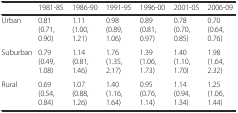
|  | 1981-85 | 1986-90 | 1991-95 | 1996-00 | 2001-05 | 2006-09 |
 | --- | --- | --- | --- | --- | --- | --- |
 | Urban | 0.81 (0.71, 0.90) | 1.11 (1.00, 1.21) | 0.98 (0.89, 1.06) | 0.89 (0.81, 0.97) | 0.78 (0.70, 0.85) | 0.70 (0.64, 0.76) |
 | Suburban | 0.79 (0.49, 1.08) | 1.14 (0.81, 1.46) | 1.76 (1.35, 2.17) | 1.39 (1.06, 1.73) | 1.40 (1.10, 1.70) | 1.98 (1.64, 2.32) |
 | Rural | 0.69 (0.54, 0.84) | 1.07 (0.88, 1.26) | 1.40 (1.16, 1.64) | 0.95 (0.76, 1.14) | 1.14 (0.94, 1.34) | 1.25 (1.06, 1.44) |